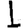
Digit: 1